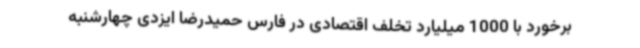
برخورد با 1000 میلیارد تخلف اقتصادی در فارس حمیدرضا ایزدی چهارشنبه